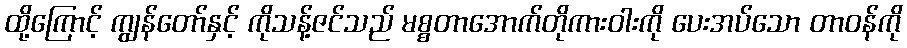
ထို့ကြောင့် ကျွန်တော်နှင့် ကိုသန့်ဇင်သည် မစ္စတာအောက်တိုကားဝါးကို ပေးအပ်သော တာဝန်ကို